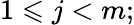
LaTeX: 1\leqslant j<m;